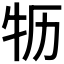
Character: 𮳻